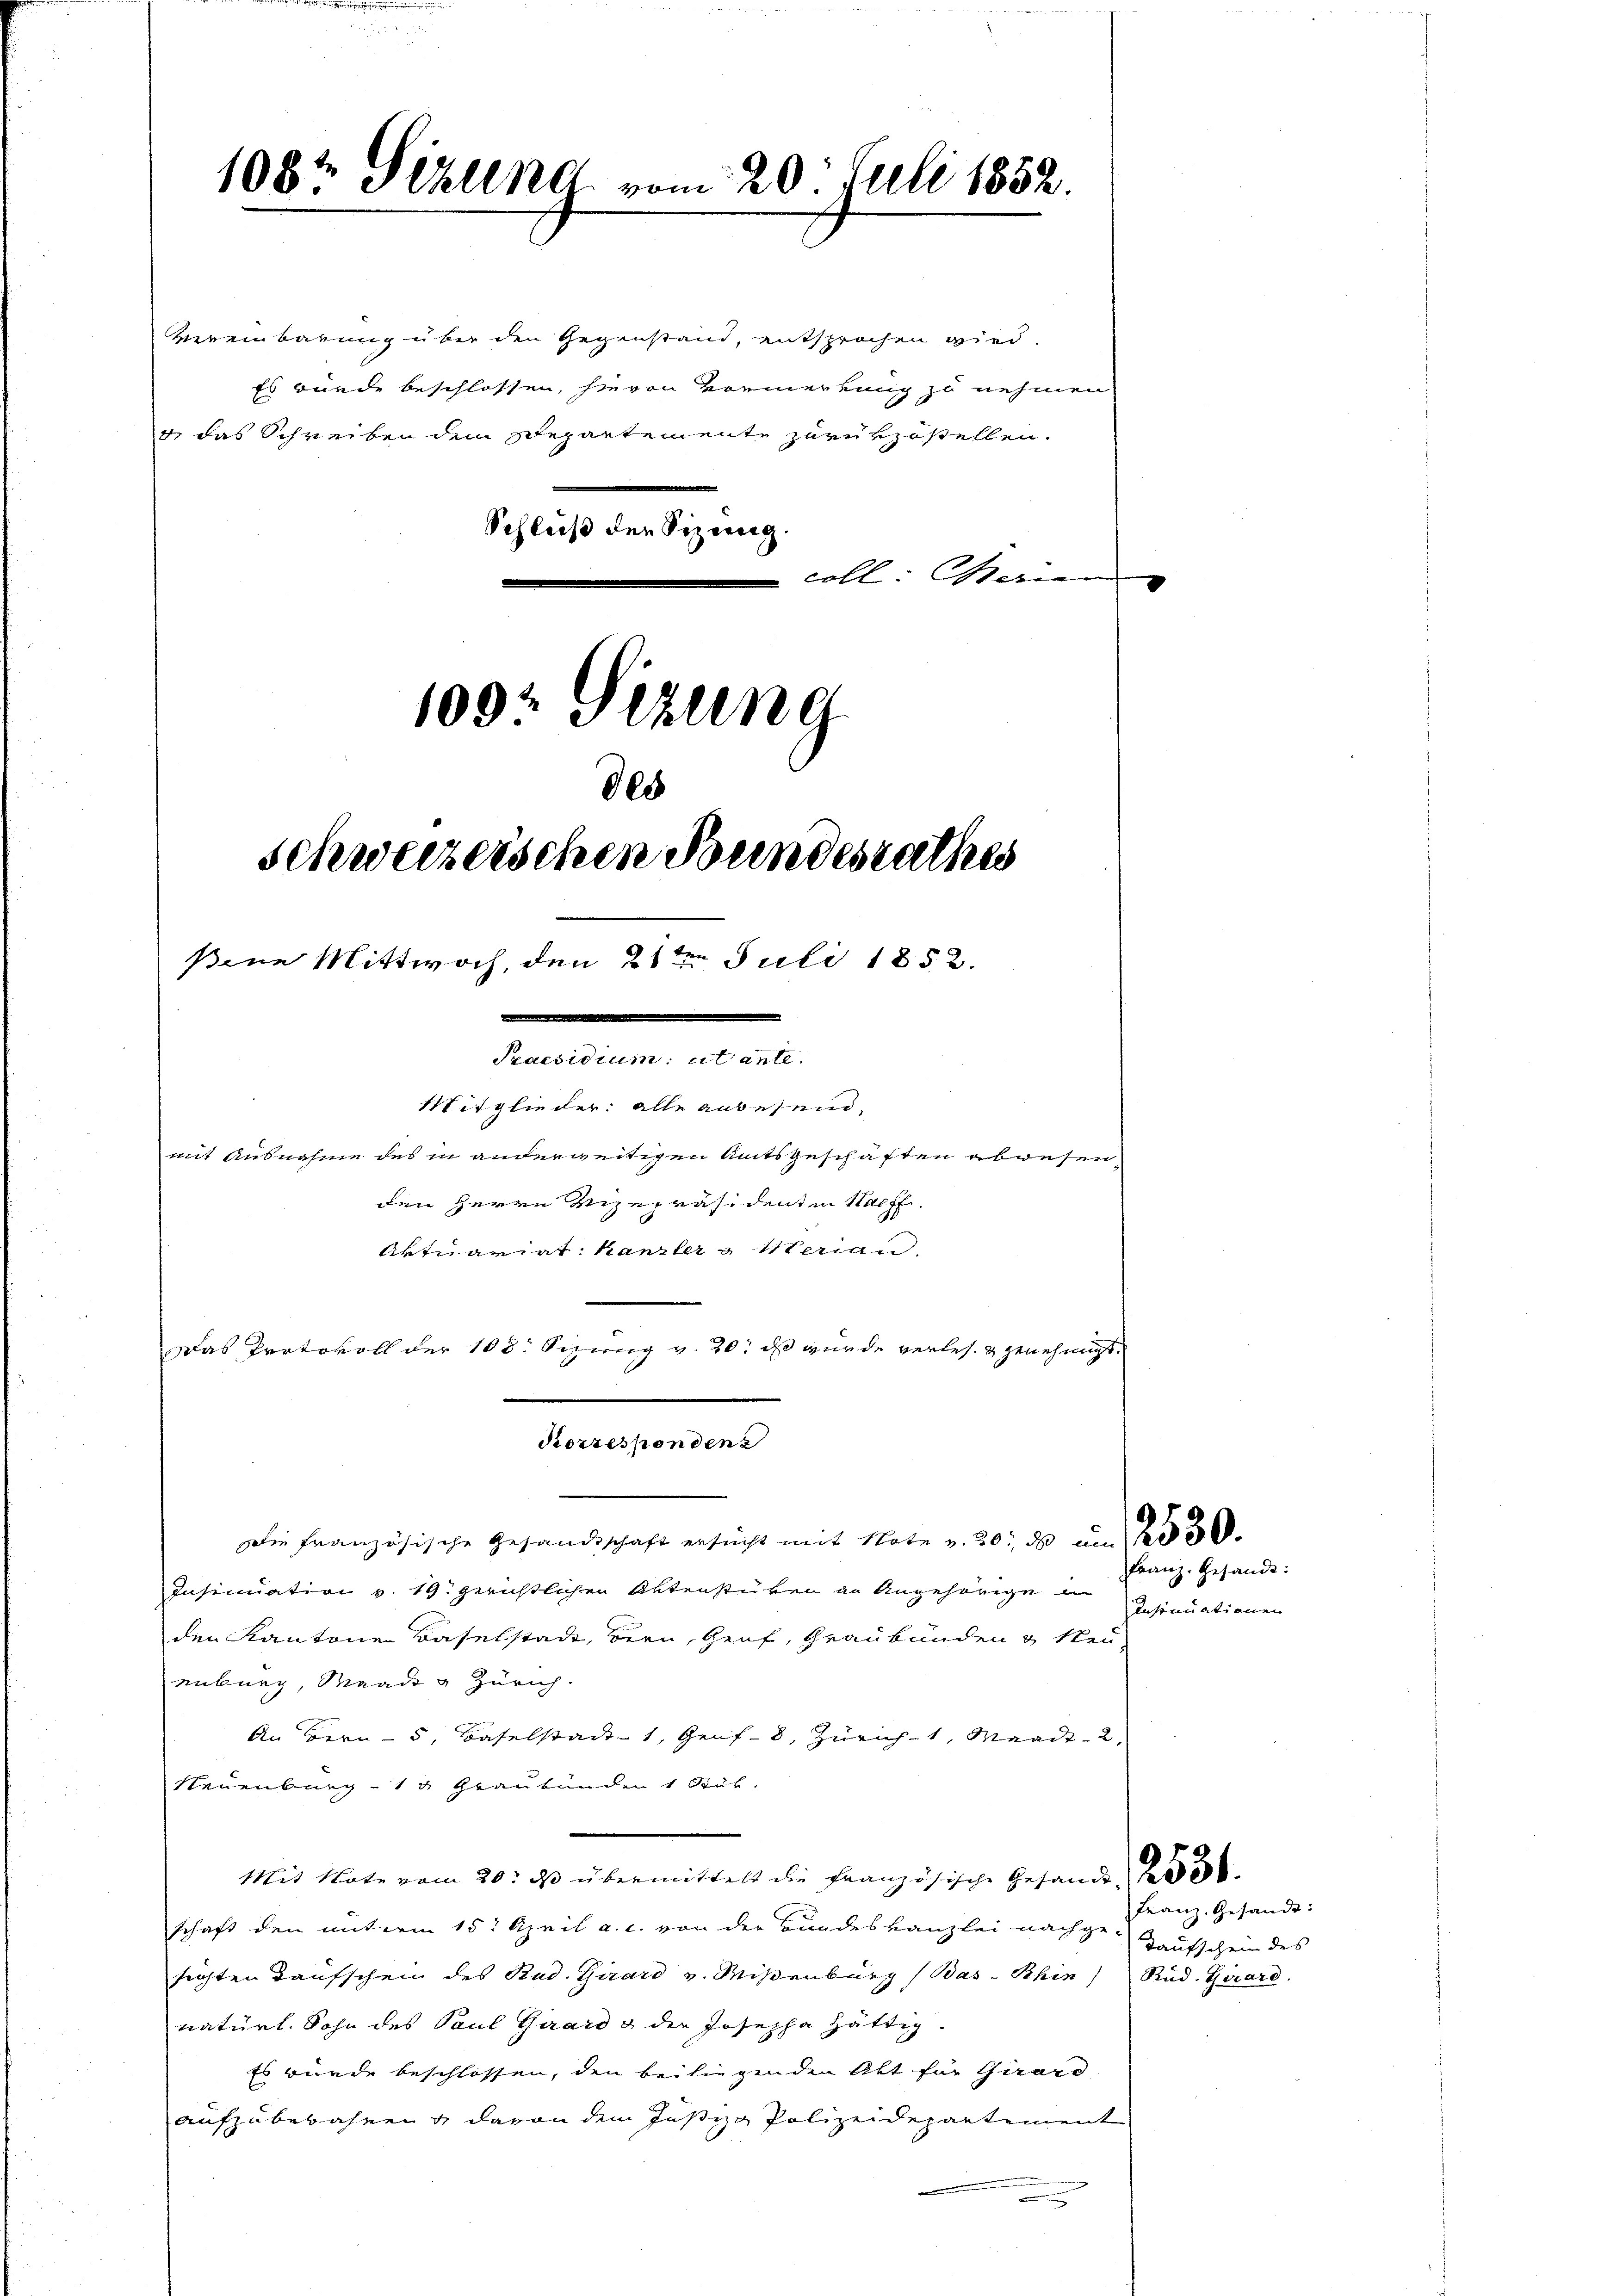
Vereinbarung über den Gegenstand, entsprochen wird.
Es wurde beschlossen, hievon Vormerkung zu nehmen
Schluß der Sizung.
coll: Marier
1092 Sizung

108t Pizlena vom 20. Juli 1852.

Praesidium et ante.
Mitglieder alle anwesend,

+ das Schreiben dem Departemente zurükzustellen.

Korrespondenz

dee
schweizeischen Bundesrathes
sine Mittwoch, den 21te͇n Juli 1852.

mit Ausnahme des in anderweitigen Amtsgeschäften abwesen,
den Herrn Vizepräsidenten Nach
Aktuariat Kanzler & 1sterian
Das Protokoll der 108. Sizung v. 20. ds wurde verles. & genehmigt.

Die Französische Gesandtschaft ersucht mit Note v. 20. ds an
Insinuation v. 19. gerichtlichen Aktenstücken an Angehörige in
den Kantone Baselstade, Bern, Genf, Graubünden & Neu
enburg, Waadt & Zürich.
An Bern - 5, Baselstadt 1, Genf. 8, Zürich 1, Waadt 2,
Neuenburg 14 Graubünden 1 Stük.
Mit Note vom 20. ds übermittelt die französische Gesandt
schaft den unterm 15. April a. c. von der Bundeskanzlei nachge-
sichten Taufschein des Stud. Girard v. Mißenburg (Bas- Rhin) Rud. Girard.
natürl. Sohn des Paul Girard & der Josepha hättig.
Es wurde beschlossen, den beiliegenden Akt für Girard
aufzubewahnen & davon dem Justizo Polizeidepartement
n

Franz. Gesandt:
ansinuationen

Franz Gesandt:
Taufschein des